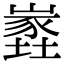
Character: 嶳